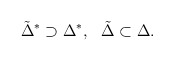
\begin{align*}{\tilde{\Delta}}^{*}\supset{{\Delta}^{*}},\ \ {\tilde{\Delta}}\subset{\Delta}.\end{align*}